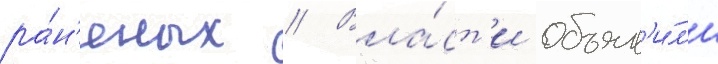
ра́н'еных // Вла́ст'и объяв'и́л'и